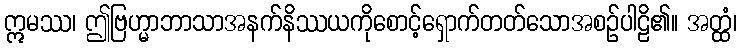
ဣမဿ၊ ဤဗြဟ္မာဘာသာအနက်နိဿယကိုစောင့်ရှောက်တတ်သောအစဉ်ပါဠိ၏။ အတ္ထံ၊